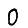
Digit: 0